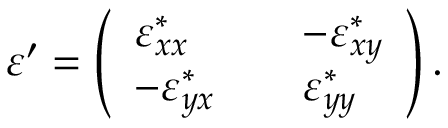
\begin{array} { r } { \varepsilon ^ { \prime } = \left( \begin{array} { l l l } { \varepsilon _ { x x } ^ { * } } & { } & { - \varepsilon _ { x y } ^ { * } } \\ { - \varepsilon _ { y x } ^ { * } } & { } & { \varepsilon _ { y y } ^ { * } } \end{array} \right) . } \end{array}